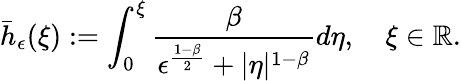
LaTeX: \bar{h}_{\epsilon}(\xi):=\int_{0}^{\xi}\frac{\beta}{\epsilon^{\frac{1-\beta}{2}}+|\eta|^{1-\beta}}d\eta,\quad\xi\in\mathbb{R}.